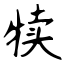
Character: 犊